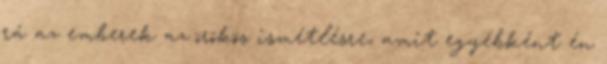
rá az emberek az örökös ismétlésre, amit egyébként én